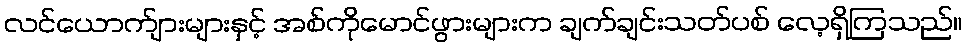
လင်ယောက်ျားများနှင့် အစ်ကိုမောင်ဖွားများက ချက်ချင်းသတ်ပစ် လေ့ရှိကြသည်။